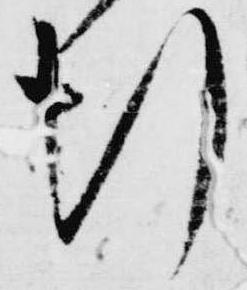
行